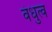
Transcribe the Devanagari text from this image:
वंधुत्व